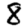
Digit: 8